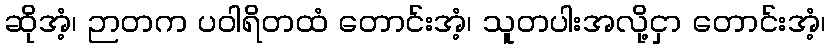
ဆိုအံ့၊ ဉာတက ပဝါရိတထံ တောင်းအံ့၊ သူတပါးအလို့ငှာ တောင်းအံ့၊